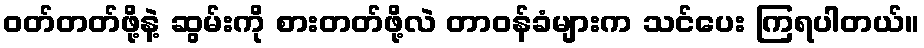
ဝတ်တတ်ဖို့နဲ့ ဆွမ်းကို စားတတ်ဖို့လဲ တာဝန်ခံများက သင်ပေး ကြရပါတယ်။